Note on the mental hospitals in Burma - 1925-1940
Year: 1925
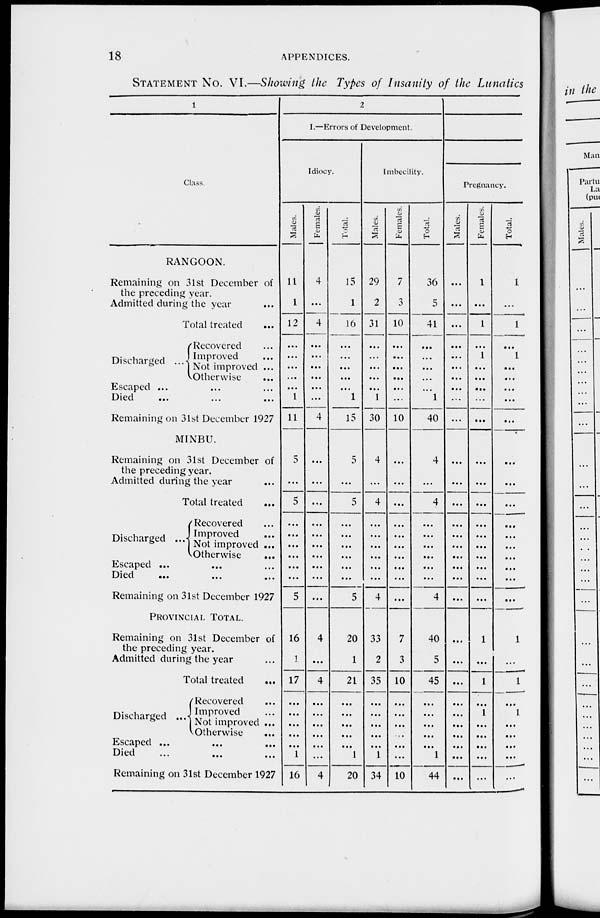
18
APPENDICES.
STATEMENT No. VI.—Showing the Types of Insanity of the Lunatics
1
Class.
RANGOON.
Remaining on 31st December of
the preceding year.
Admitted during the year ...
Total treated ...
Discharged ...
Recovered ...
Improved ...
Not improved ...
Otherwise ...
Escaped ... ... ...
Died
... ... ...
Remaining on 31st December 1927
MINBU.
Remaining on 31st December of
the preceding year.
Admitted during the year ...
Total treated ...
Discharged ...
Recovered ...
Improved ...
Not improved ...
Otherwise ...
Escaped ... ... ...
Died
...
...
...
Remaining on 31st December 1927
PROVINCIAL TOTAL.
Remaining on 31st December of
the preceding year.
Admitted during the year ...
Total treated
...
Discharged ...
Recovered ...
Improved ...
Not improved ...
Otherwise ...
Escaped ... ... ...
Died ... ... ...
Remaining on 31st December 1927
2
I.—Errors of Development.
Idiocy.
Males.
11
1
12
...
...
...
...
...
1
11
5
...
5
...
...
...
...
...
...
5
16
1
17
...
...
...
...
...
1
16
Females.
4
...
4
...
...
...
...
...
...
4
...
...
...
...
...
...
...
...
...
...
4
...
4
...
...
...
...
...
...
4
Total.
15
1
16
...
...
...
...
...
1
15
5
...
5
...
...
...
...
...
...
5
20
1
21
...
...
...
...
...
1
20
Imbecility.
Males.
29
2
31
...
...
...
...
...
1
30
4
...
4
...
...
...
...
...
...
4
33
2
35
...
...
...
...
...
1
34
Females.
7
3
10
...
...
...
...
...
...
10
...
...
...
...
...
...
...
...
...
...
7
3
10
...
...
...
...
...
...
10
Total.
36
5
41
...
...
...
...
...
1
40
4
...
4
...
...
...
...
...
...
4
40
5
45
...
...
...
...
...
1
44
Pregnancy.
Males.
...
...
...
...
...
...
...
...
...
...
...
...
...
...
...
...
...
...
...
...
...
...
...
...
...
...
...
...
...
...
Females.
1
...
1
...
1
...
...
...
...
...
...
...
...
...
...
...
...
...
...
...
1
...
1
...
1
...
...
...
...
...
Total.
1
...
1
...
1
...
...
...
...
...
...
...
...
...
...
...
...
...
...
...
1
...
1
...
1
...
...
...
...
...